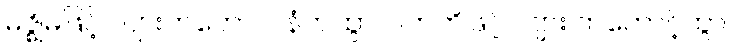
မဇ္ဈိမဖြင့် လျားတတောင်၊ နံတထွာ၊ ပကတိဖြင့် လျား တတောင့်ထွာ၊